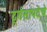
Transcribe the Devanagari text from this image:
दूर्गसांपदेचे